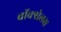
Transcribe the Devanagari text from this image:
वॉक्सेलस